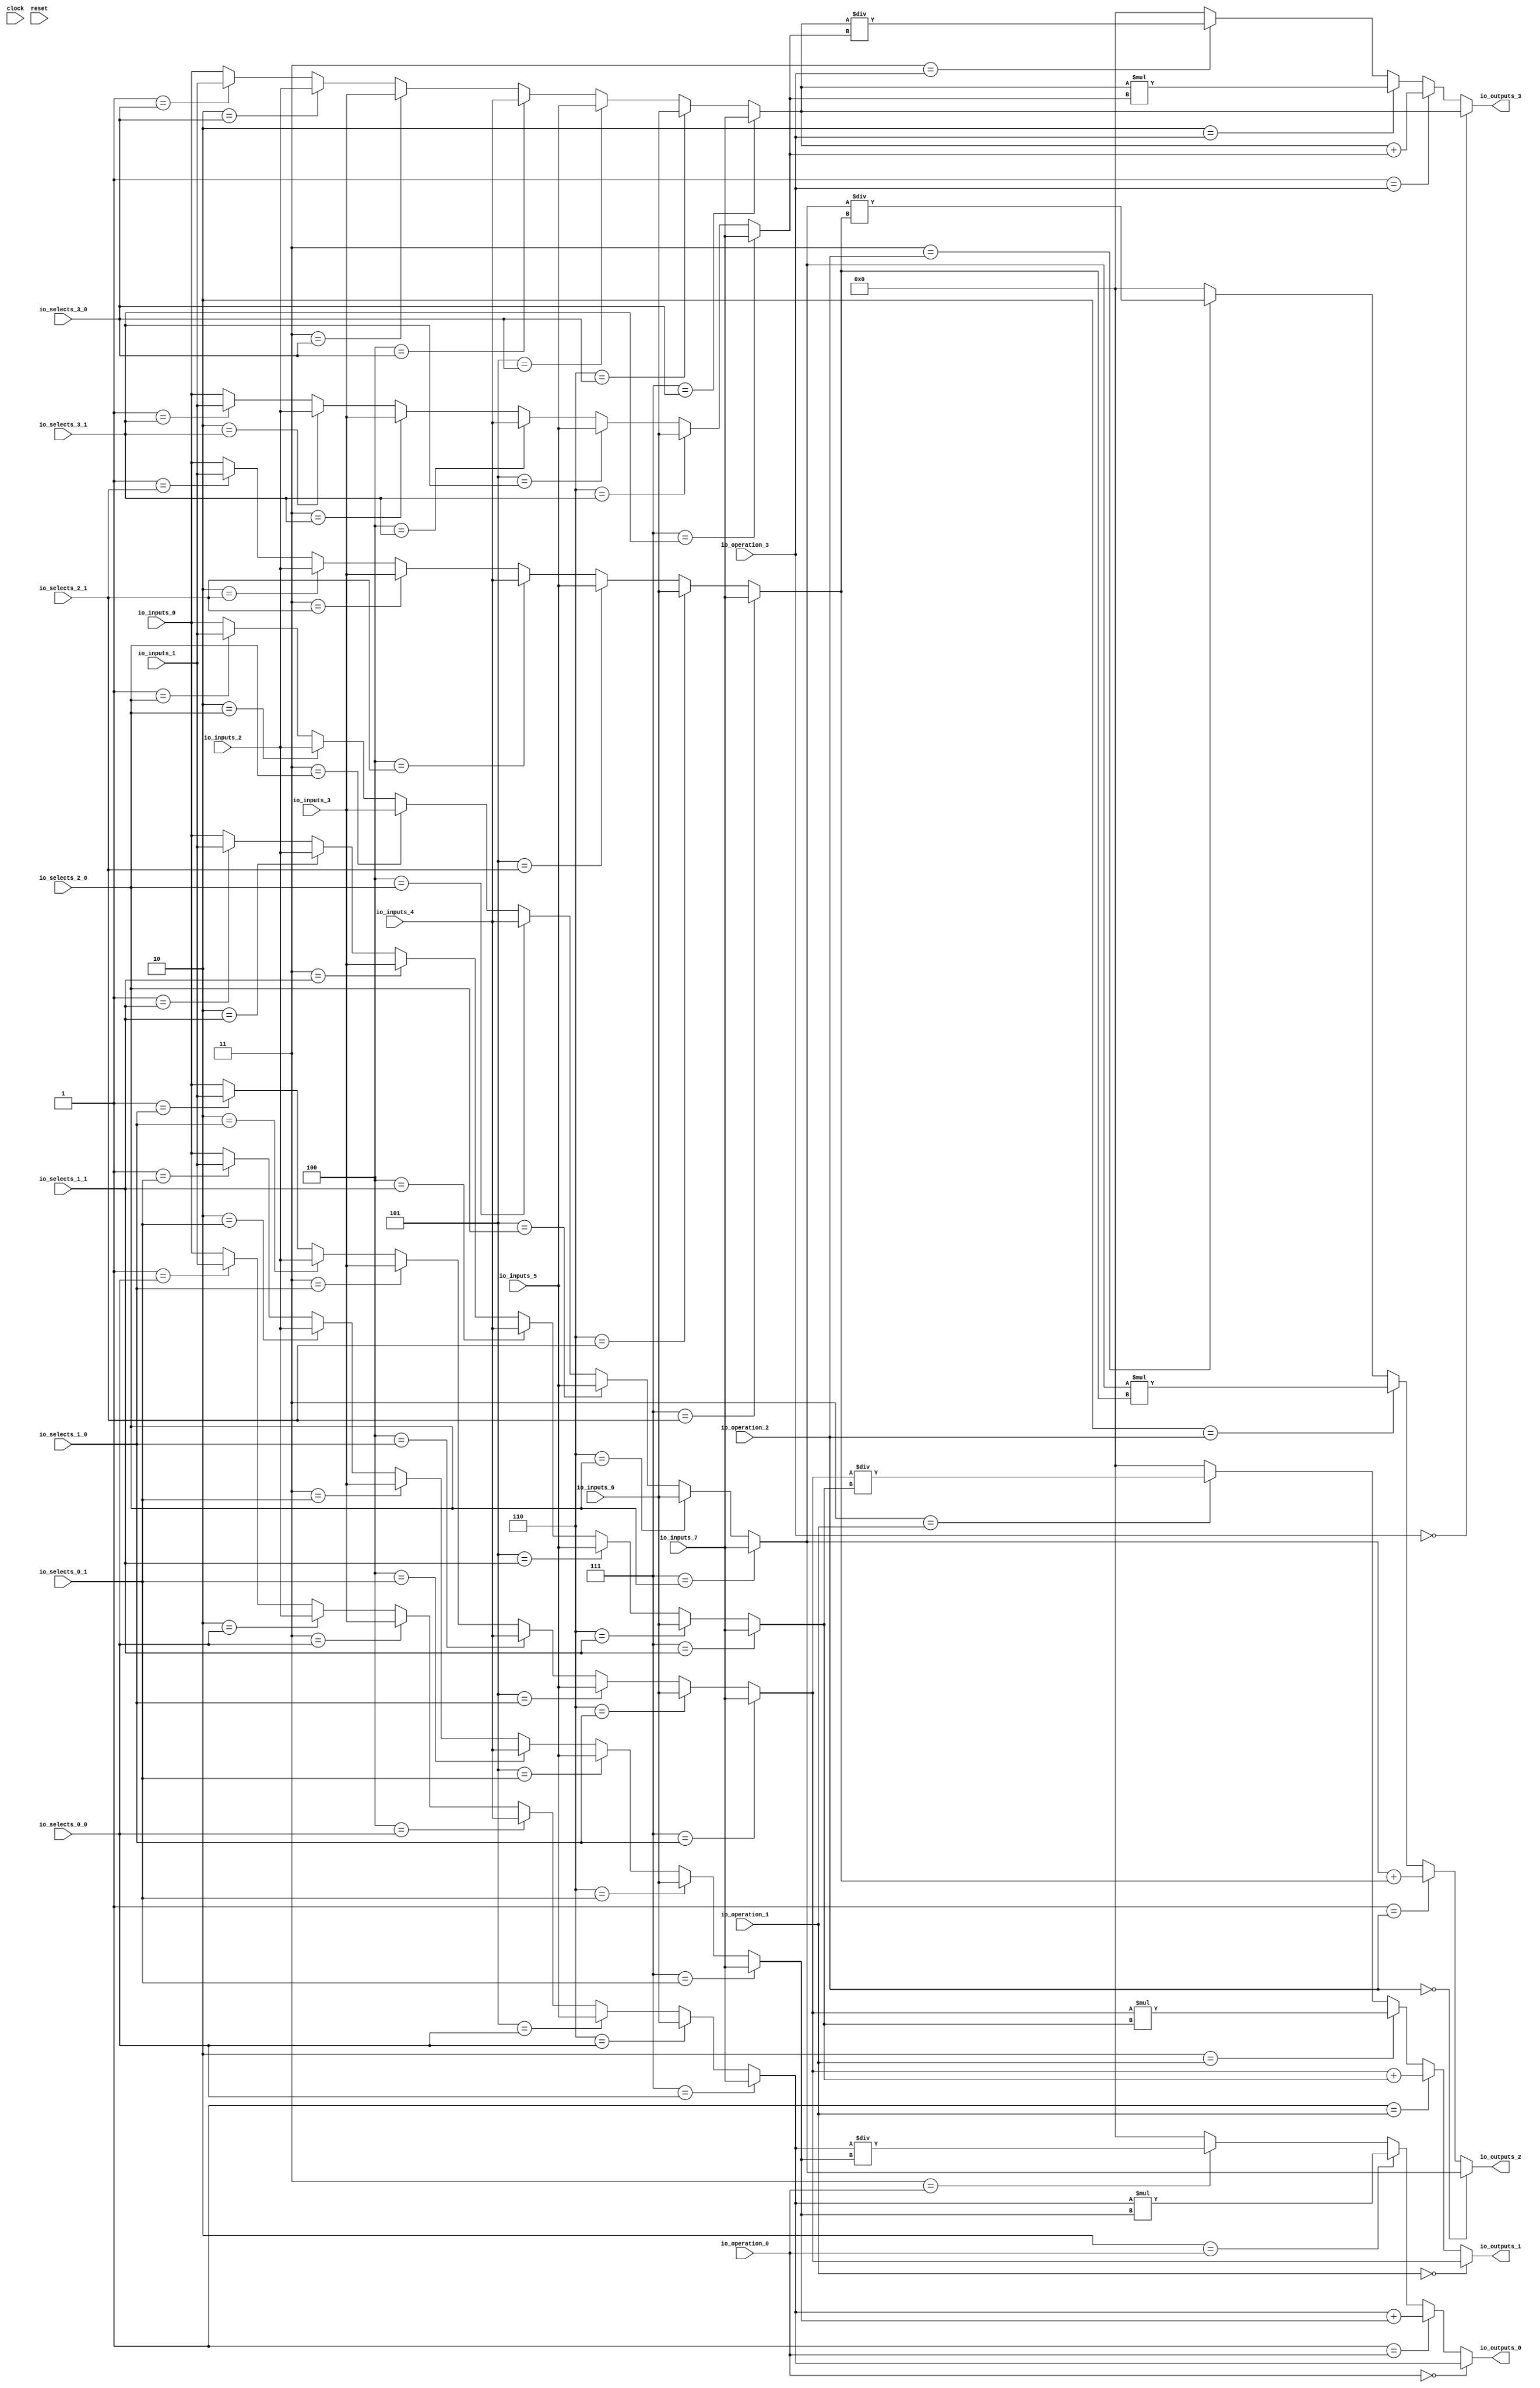
module MuxTest_width_64_inputs_8_outputs_4_pipeline_0( // @[:@3.2]
  input         clock, // @[:@4.4]
  input         reset, // @[:@5.4]
  input  [2:0]  io_selects_0_0, // @[:@6.4]
  input  [2:0]  io_selects_0_1, // @[:@6.4]
  input  [2:0]  io_selects_1_0, // @[:@6.4]
  input  [2:0]  io_selects_1_1, // @[:@6.4]
  input  [2:0]  io_selects_2_0, // @[:@6.4]
  input  [2:0]  io_selects_2_1, // @[:@6.4]
  input  [2:0]  io_selects_3_0, // @[:@6.4]
  input  [2:0]  io_selects_3_1, // @[:@6.4]
  input  [2:0]  io_operation_0, // @[:@6.4]
  input  [2:0]  io_operation_1, // @[:@6.4]
  input  [2:0]  io_operation_2, // @[:@6.4]
  input  [2:0]  io_operation_3, // @[:@6.4]
  input  [63:0] io_inputs_0, // @[:@6.4]
  input  [63:0] io_inputs_1, // @[:@6.4]
  input  [63:0] io_inputs_2, // @[:@6.4]
  input  [63:0] io_inputs_3, // @[:@6.4]
  input  [63:0] io_inputs_4, // @[:@6.4]
  input  [63:0] io_inputs_5, // @[:@6.4]
  input  [63:0] io_inputs_6, // @[:@6.4]
  input  [63:0] io_inputs_7, // @[:@6.4]
  output [63:0] io_outputs_0, // @[:@6.4]
  output [63:0] io_outputs_1, // @[:@6.4]
  output [63:0] io_outputs_2, // @[:@6.4]
  output [63:0] io_outputs_3 // @[:@6.4]
);
  wire [63:0] _GEN_1; // @[MuxTest_width_64_inputs_8_outputs_4_pipeline_0s.scala 32:53:@8.4]
  wire [63:0] _GEN_2; // @[MuxTest_width_64_inputs_8_outputs_4_pipeline_0s.scala 32:53:@8.4]
  wire [63:0] _GEN_3; // @[MuxTest_width_64_inputs_8_outputs_4_pipeline_0s.scala 32:53:@8.4]
  wire [63:0] _GEN_4; // @[MuxTest_width_64_inputs_8_outputs_4_pipeline_0s.scala 32:53:@8.4]
  wire [63:0] _GEN_5; // @[MuxTest_width_64_inputs_8_outputs_4_pipeline_0s.scala 32:53:@8.4]
  wire [63:0] _GEN_6; // @[MuxTest_width_64_inputs_8_outputs_4_pipeline_0s.scala 32:53:@8.4]
  wire [63:0] _GEN_7; // @[MuxTest_width_64_inputs_8_outputs_4_pipeline_0s.scala 32:53:@8.4]
  wire [63:0] _GEN_9; // @[MuxTest_width_64_inputs_8_outputs_4_pipeline_0s.scala 32:53:@8.4]
  wire [63:0] _GEN_10; // @[MuxTest_width_64_inputs_8_outputs_4_pipeline_0s.scala 32:53:@8.4]
  wire [63:0] _GEN_11; // @[MuxTest_width_64_inputs_8_outputs_4_pipeline_0s.scala 32:53:@8.4]
  wire [63:0] _GEN_12; // @[MuxTest_width_64_inputs_8_outputs_4_pipeline_0s.scala 32:53:@8.4]
  wire [63:0] _GEN_13; // @[MuxTest_width_64_inputs_8_outputs_4_pipeline_0s.scala 32:53:@8.4]
  wire [63:0] _GEN_14; // @[MuxTest_width_64_inputs_8_outputs_4_pipeline_0s.scala 32:53:@8.4]
  wire [63:0] _GEN_15; // @[MuxTest_width_64_inputs_8_outputs_4_pipeline_0s.scala 32:53:@8.4]
  wire [64:0] _T_250; // @[MuxTest_width_64_inputs_8_outputs_4_pipeline_0s.scala 32:53:@8.4]
  wire [63:0] _T_251; // @[MuxTest_width_64_inputs_8_outputs_4_pipeline_0s.scala 32:53:@9.4]
  wire [127:0] _T_253; // @[MuxTest_width_64_inputs_8_outputs_4_pipeline_0s.scala 33:58:@10.4]
  wire [63:0] _T_255; // @[MuxTest_width_64_inputs_8_outputs_4_pipeline_0s.scala 34:56:@11.4]
  wire  _T_256; // @[Mux.scala 46:19:@12.4]
  wire [63:0] _T_257; // @[Mux.scala 46:16:@13.4]
  wire  _T_258; // @[Mux.scala 46:19:@14.4]
  wire [127:0] _T_259; // @[Mux.scala 46:16:@15.4]
  wire  _T_260; // @[Mux.scala 46:19:@16.4]
  wire [127:0] _T_261; // @[Mux.scala 46:16:@17.4]
  wire  _T_262; // @[Mux.scala 46:19:@18.4]
  wire [127:0] _T_263; // @[Mux.scala 46:16:@19.4]
  wire [63:0] _GEN_17; // @[MuxTest_width_64_inputs_8_outputs_4_pipeline_0s.scala 32:53:@20.4]
  wire [63:0] _GEN_18; // @[MuxTest_width_64_inputs_8_outputs_4_pipeline_0s.scala 32:53:@20.4]
  wire [63:0] _GEN_19; // @[MuxTest_width_64_inputs_8_outputs_4_pipeline_0s.scala 32:53:@20.4]
  wire [63:0] _GEN_20; // @[MuxTest_width_64_inputs_8_outputs_4_pipeline_0s.scala 32:53:@20.4]
  wire [63:0] _GEN_21; // @[MuxTest_width_64_inputs_8_outputs_4_pipeline_0s.scala 32:53:@20.4]
  wire [63:0] _GEN_22; // @[MuxTest_width_64_inputs_8_outputs_4_pipeline_0s.scala 32:53:@20.4]
  wire [63:0] _GEN_23; // @[MuxTest_width_64_inputs_8_outputs_4_pipeline_0s.scala 32:53:@20.4]
  wire [63:0] _GEN_25; // @[MuxTest_width_64_inputs_8_outputs_4_pipeline_0s.scala 32:53:@20.4]
  wire [63:0] _GEN_26; // @[MuxTest_width_64_inputs_8_outputs_4_pipeline_0s.scala 32:53:@20.4]
  wire [63:0] _GEN_27; // @[MuxTest_width_64_inputs_8_outputs_4_pipeline_0s.scala 32:53:@20.4]
  wire [63:0] _GEN_28; // @[MuxTest_width_64_inputs_8_outputs_4_pipeline_0s.scala 32:53:@20.4]
  wire [63:0] _GEN_29; // @[MuxTest_width_64_inputs_8_outputs_4_pipeline_0s.scala 32:53:@20.4]
  wire [63:0] _GEN_30; // @[MuxTest_width_64_inputs_8_outputs_4_pipeline_0s.scala 32:53:@20.4]
  wire [63:0] _GEN_31; // @[MuxTest_width_64_inputs_8_outputs_4_pipeline_0s.scala 32:53:@20.4]
  wire [64:0] _T_267; // @[MuxTest_width_64_inputs_8_outputs_4_pipeline_0s.scala 32:53:@20.4]
  wire [63:0] _T_268; // @[MuxTest_width_64_inputs_8_outputs_4_pipeline_0s.scala 32:53:@21.4]
  wire [127:0] _T_270; // @[MuxTest_width_64_inputs_8_outputs_4_pipeline_0s.scala 33:58:@22.4]
  wire [63:0] _T_272; // @[MuxTest_width_64_inputs_8_outputs_4_pipeline_0s.scala 34:56:@23.4]
  wire  _T_273; // @[Mux.scala 46:19:@24.4]
  wire [63:0] _T_274; // @[Mux.scala 46:16:@25.4]
  wire  _T_275; // @[Mux.scala 46:19:@26.4]
  wire [127:0] _T_276; // @[Mux.scala 46:16:@27.4]
  wire  _T_277; // @[Mux.scala 46:19:@28.4]
  wire [127:0] _T_278; // @[Mux.scala 46:16:@29.4]
  wire  _T_279; // @[Mux.scala 46:19:@30.4]
  wire [127:0] _T_280; // @[Mux.scala 46:16:@31.4]
  wire [63:0] _GEN_33; // @[MuxTest_width_64_inputs_8_outputs_4_pipeline_0s.scala 32:53:@32.4]
  wire [63:0] _GEN_34; // @[MuxTest_width_64_inputs_8_outputs_4_pipeline_0s.scala 32:53:@32.4]
  wire [63:0] _GEN_35; // @[MuxTest_width_64_inputs_8_outputs_4_pipeline_0s.scala 32:53:@32.4]
  wire [63:0] _GEN_36; // @[MuxTest_width_64_inputs_8_outputs_4_pipeline_0s.scala 32:53:@32.4]
  wire [63:0] _GEN_37; // @[MuxTest_width_64_inputs_8_outputs_4_pipeline_0s.scala 32:53:@32.4]
  wire [63:0] _GEN_38; // @[MuxTest_width_64_inputs_8_outputs_4_pipeline_0s.scala 32:53:@32.4]
  wire [63:0] _GEN_39; // @[MuxTest_width_64_inputs_8_outputs_4_pipeline_0s.scala 32:53:@32.4]
  wire [63:0] _GEN_41; // @[MuxTest_width_64_inputs_8_outputs_4_pipeline_0s.scala 32:53:@32.4]
  wire [63:0] _GEN_42; // @[MuxTest_width_64_inputs_8_outputs_4_pipeline_0s.scala 32:53:@32.4]
  wire [63:0] _GEN_43; // @[MuxTest_width_64_inputs_8_outputs_4_pipeline_0s.scala 32:53:@32.4]
  wire [63:0] _GEN_44; // @[MuxTest_width_64_inputs_8_outputs_4_pipeline_0s.scala 32:53:@32.4]
  wire [63:0] _GEN_45; // @[MuxTest_width_64_inputs_8_outputs_4_pipeline_0s.scala 32:53:@32.4]
  wire [63:0] _GEN_46; // @[MuxTest_width_64_inputs_8_outputs_4_pipeline_0s.scala 32:53:@32.4]
  wire [63:0] _GEN_47; // @[MuxTest_width_64_inputs_8_outputs_4_pipeline_0s.scala 32:53:@32.4]
  wire [64:0] _T_284; // @[MuxTest_width_64_inputs_8_outputs_4_pipeline_0s.scala 32:53:@32.4]
  wire [63:0] _T_285; // @[MuxTest_width_64_inputs_8_outputs_4_pipeline_0s.scala 32:53:@33.4]
  wire [127:0] _T_287; // @[MuxTest_width_64_inputs_8_outputs_4_pipeline_0s.scala 33:58:@34.4]
  wire [63:0] _T_289; // @[MuxTest_width_64_inputs_8_outputs_4_pipeline_0s.scala 34:56:@35.4]
  wire  _T_290; // @[Mux.scala 46:19:@36.4]
  wire [63:0] _T_291; // @[Mux.scala 46:16:@37.4]
  wire  _T_292; // @[Mux.scala 46:19:@38.4]
  wire [127:0] _T_293; // @[Mux.scala 46:16:@39.4]
  wire  _T_294; // @[Mux.scala 46:19:@40.4]
  wire [127:0] _T_295; // @[Mux.scala 46:16:@41.4]
  wire  _T_296; // @[Mux.scala 46:19:@42.4]
  wire [127:0] _T_297; // @[Mux.scala 46:16:@43.4]
  wire [63:0] _GEN_49; // @[MuxTest_width_64_inputs_8_outputs_4_pipeline_0s.scala 32:53:@44.4]
  wire [63:0] _GEN_50; // @[MuxTest_width_64_inputs_8_outputs_4_pipeline_0s.scala 32:53:@44.4]
  wire [63:0] _GEN_51; // @[MuxTest_width_64_inputs_8_outputs_4_pipeline_0s.scala 32:53:@44.4]
  wire [63:0] _GEN_52; // @[MuxTest_width_64_inputs_8_outputs_4_pipeline_0s.scala 32:53:@44.4]
  wire [63:0] _GEN_53; // @[MuxTest_width_64_inputs_8_outputs_4_pipeline_0s.scala 32:53:@44.4]
  wire [63:0] _GEN_54; // @[MuxTest_width_64_inputs_8_outputs_4_pipeline_0s.scala 32:53:@44.4]
  wire [63:0] _GEN_55; // @[MuxTest_width_64_inputs_8_outputs_4_pipeline_0s.scala 32:53:@44.4]
  wire [63:0] _GEN_57; // @[MuxTest_width_64_inputs_8_outputs_4_pipeline_0s.scala 32:53:@44.4]
  wire [63:0] _GEN_58; // @[MuxTest_width_64_inputs_8_outputs_4_pipeline_0s.scala 32:53:@44.4]
  wire [63:0] _GEN_59; // @[MuxTest_width_64_inputs_8_outputs_4_pipeline_0s.scala 32:53:@44.4]
  wire [63:0] _GEN_60; // @[MuxTest_width_64_inputs_8_outputs_4_pipeline_0s.scala 32:53:@44.4]
  wire [63:0] _GEN_61; // @[MuxTest_width_64_inputs_8_outputs_4_pipeline_0s.scala 32:53:@44.4]
  wire [63:0] _GEN_62; // @[MuxTest_width_64_inputs_8_outputs_4_pipeline_0s.scala 32:53:@44.4]
  wire [63:0] _GEN_63; // @[MuxTest_width_64_inputs_8_outputs_4_pipeline_0s.scala 32:53:@44.4]
  wire [64:0] _T_301; // @[MuxTest_width_64_inputs_8_outputs_4_pipeline_0s.scala 32:53:@44.4]
  wire [63:0] _T_302; // @[MuxTest_width_64_inputs_8_outputs_4_pipeline_0s.scala 32:53:@45.4]
  wire [127:0] _T_304; // @[MuxTest_width_64_inputs_8_outputs_4_pipeline_0s.scala 33:58:@46.4]
  wire [63:0] _T_306; // @[MuxTest_width_64_inputs_8_outputs_4_pipeline_0s.scala 34:56:@47.4]
  wire  _T_307; // @[Mux.scala 46:19:@48.4]
  wire [63:0] _T_308; // @[Mux.scala 46:16:@49.4]
  wire  _T_309; // @[Mux.scala 46:19:@50.4]
  wire [127:0] _T_310; // @[Mux.scala 46:16:@51.4]
  wire  _T_311; // @[Mux.scala 46:19:@52.4]
  wire [127:0] _T_312; // @[Mux.scala 46:16:@53.4]
  wire  _T_313; // @[Mux.scala 46:19:@54.4]
  wire [127:0] _T_314; // @[Mux.scala 46:16:@55.4]
  assign _GEN_1 = 3'h1 == io_selects_0_0 ? io_inputs_1 : io_inputs_0; // @[MuxTest_width_64_inputs_8_outputs_4_pipeline_0s.scala 32:53:@8.4]
  assign _GEN_2 = 3'h2 == io_selects_0_0 ? io_inputs_2 : _GEN_1; // @[MuxTest_width_64_inputs_8_outputs_4_pipeline_0s.scala 32:53:@8.4]
  assign _GEN_3 = 3'h3 == io_selects_0_0 ? io_inputs_3 : _GEN_2; // @[MuxTest_width_64_inputs_8_outputs_4_pipeline_0s.scala 32:53:@8.4]
  assign _GEN_4 = 3'h4 == io_selects_0_0 ? io_inputs_4 : _GEN_3; // @[MuxTest_width_64_inputs_8_outputs_4_pipeline_0s.scala 32:53:@8.4]
  assign _GEN_5 = 3'h5 == io_selects_0_0 ? io_inputs_5 : _GEN_4; // @[MuxTest_width_64_inputs_8_outputs_4_pipeline_0s.scala 32:53:@8.4]
  assign _GEN_6 = 3'h6 == io_selects_0_0 ? io_inputs_6 : _GEN_5; // @[MuxTest_width_64_inputs_8_outputs_4_pipeline_0s.scala 32:53:@8.4]
  assign _GEN_7 = 3'h7 == io_selects_0_0 ? io_inputs_7 : _GEN_6; // @[MuxTest_width_64_inputs_8_outputs_4_pipeline_0s.scala 32:53:@8.4]
  assign _GEN_9 = 3'h1 == io_selects_0_1 ? io_inputs_1 : io_inputs_0; // @[MuxTest_width_64_inputs_8_outputs_4_pipeline_0s.scala 32:53:@8.4]
  assign _GEN_10 = 3'h2 == io_selects_0_1 ? io_inputs_2 : _GEN_9; // @[MuxTest_width_64_inputs_8_outputs_4_pipeline_0s.scala 32:53:@8.4]
  assign _GEN_11 = 3'h3 == io_selects_0_1 ? io_inputs_3 : _GEN_10; // @[MuxTest_width_64_inputs_8_outputs_4_pipeline_0s.scala 32:53:@8.4]
  assign _GEN_12 = 3'h4 == io_selects_0_1 ? io_inputs_4 : _GEN_11; // @[MuxTest_width_64_inputs_8_outputs_4_pipeline_0s.scala 32:53:@8.4]
  assign _GEN_13 = 3'h5 == io_selects_0_1 ? io_inputs_5 : _GEN_12; // @[MuxTest_width_64_inputs_8_outputs_4_pipeline_0s.scala 32:53:@8.4]
  assign _GEN_14 = 3'h6 == io_selects_0_1 ? io_inputs_6 : _GEN_13; // @[MuxTest_width_64_inputs_8_outputs_4_pipeline_0s.scala 32:53:@8.4]
  assign _GEN_15 = 3'h7 == io_selects_0_1 ? io_inputs_7 : _GEN_14; // @[MuxTest_width_64_inputs_8_outputs_4_pipeline_0s.scala 32:53:@8.4]
  assign _T_250 = _GEN_7 + _GEN_15; // @[MuxTest_width_64_inputs_8_outputs_4_pipeline_0s.scala 32:53:@8.4]
  assign _T_251 = _GEN_7 + _GEN_15; // @[MuxTest_width_64_inputs_8_outputs_4_pipeline_0s.scala 32:53:@9.4]
  assign _T_253 = _GEN_7 * _GEN_15; // @[MuxTest_width_64_inputs_8_outputs_4_pipeline_0s.scala 33:58:@10.4]
  assign _T_255 = _GEN_7 / _GEN_15; // @[MuxTest_width_64_inputs_8_outputs_4_pipeline_0s.scala 34:56:@11.4]
  assign _T_256 = 3'h3 == io_operation_0; // @[Mux.scala 46:19:@12.4]
  assign _T_257 = _T_256 ? _T_255 : 64'h0; // @[Mux.scala 46:16:@13.4]
  assign _T_258 = 3'h2 == io_operation_0; // @[Mux.scala 46:19:@14.4]
  assign _T_259 = _T_258 ? _T_253 : {{64'd0}, _T_257}; // @[Mux.scala 46:16:@15.4]
  assign _T_260 = 3'h1 == io_operation_0; // @[Mux.scala 46:19:@16.4]
  assign _T_261 = _T_260 ? {{64'd0}, _T_251} : _T_259; // @[Mux.scala 46:16:@17.4]
  assign _T_262 = 3'h0 == io_operation_0; // @[Mux.scala 46:19:@18.4]
  assign _T_263 = _T_262 ? {{64'd0}, _GEN_7} : _T_261; // @[Mux.scala 46:16:@19.4]
  assign _GEN_17 = 3'h1 == io_selects_1_0 ? io_inputs_1 : io_inputs_0; // @[MuxTest_width_64_inputs_8_outputs_4_pipeline_0s.scala 32:53:@20.4]
  assign _GEN_18 = 3'h2 == io_selects_1_0 ? io_inputs_2 : _GEN_17; // @[MuxTest_width_64_inputs_8_outputs_4_pipeline_0s.scala 32:53:@20.4]
  assign _GEN_19 = 3'h3 == io_selects_1_0 ? io_inputs_3 : _GEN_18; // @[MuxTest_width_64_inputs_8_outputs_4_pipeline_0s.scala 32:53:@20.4]
  assign _GEN_20 = 3'h4 == io_selects_1_0 ? io_inputs_4 : _GEN_19; // @[MuxTest_width_64_inputs_8_outputs_4_pipeline_0s.scala 32:53:@20.4]
  assign _GEN_21 = 3'h5 == io_selects_1_0 ? io_inputs_5 : _GEN_20; // @[MuxTest_width_64_inputs_8_outputs_4_pipeline_0s.scala 32:53:@20.4]
  assign _GEN_22 = 3'h6 == io_selects_1_0 ? io_inputs_6 : _GEN_21; // @[MuxTest_width_64_inputs_8_outputs_4_pipeline_0s.scala 32:53:@20.4]
  assign _GEN_23 = 3'h7 == io_selects_1_0 ? io_inputs_7 : _GEN_22; // @[MuxTest_width_64_inputs_8_outputs_4_pipeline_0s.scala 32:53:@20.4]
  assign _GEN_25 = 3'h1 == io_selects_1_1 ? io_inputs_1 : io_inputs_0; // @[MuxTest_width_64_inputs_8_outputs_4_pipeline_0s.scala 32:53:@20.4]
  assign _GEN_26 = 3'h2 == io_selects_1_1 ? io_inputs_2 : _GEN_25; // @[MuxTest_width_64_inputs_8_outputs_4_pipeline_0s.scala 32:53:@20.4]
  assign _GEN_27 = 3'h3 == io_selects_1_1 ? io_inputs_3 : _GEN_26; // @[MuxTest_width_64_inputs_8_outputs_4_pipeline_0s.scala 32:53:@20.4]
  assign _GEN_28 = 3'h4 == io_selects_1_1 ? io_inputs_4 : _GEN_27; // @[MuxTest_width_64_inputs_8_outputs_4_pipeline_0s.scala 32:53:@20.4]
  assign _GEN_29 = 3'h5 == io_selects_1_1 ? io_inputs_5 : _GEN_28; // @[MuxTest_width_64_inputs_8_outputs_4_pipeline_0s.scala 32:53:@20.4]
  assign _GEN_30 = 3'h6 == io_selects_1_1 ? io_inputs_6 : _GEN_29; // @[MuxTest_width_64_inputs_8_outputs_4_pipeline_0s.scala 32:53:@20.4]
  assign _GEN_31 = 3'h7 == io_selects_1_1 ? io_inputs_7 : _GEN_30; // @[MuxTest_width_64_inputs_8_outputs_4_pipeline_0s.scala 32:53:@20.4]
  assign _T_267 = _GEN_23 + _GEN_31; // @[MuxTest_width_64_inputs_8_outputs_4_pipeline_0s.scala 32:53:@20.4]
  assign _T_268 = _GEN_23 + _GEN_31; // @[MuxTest_width_64_inputs_8_outputs_4_pipeline_0s.scala 32:53:@21.4]
  assign _T_270 = _GEN_23 * _GEN_31; // @[MuxTest_width_64_inputs_8_outputs_4_pipeline_0s.scala 33:58:@22.4]
  assign _T_272 = _GEN_23 / _GEN_31; // @[MuxTest_width_64_inputs_8_outputs_4_pipeline_0s.scala 34:56:@23.4]
  assign _T_273 = 3'h3 == io_operation_1; // @[Mux.scala 46:19:@24.4]
  assign _T_274 = _T_273 ? _T_272 : 64'h0; // @[Mux.scala 46:16:@25.4]
  assign _T_275 = 3'h2 == io_operation_1; // @[Mux.scala 46:19:@26.4]
  assign _T_276 = _T_275 ? _T_270 : {{64'd0}, _T_274}; // @[Mux.scala 46:16:@27.4]
  assign _T_277 = 3'h1 == io_operation_1; // @[Mux.scala 46:19:@28.4]
  assign _T_278 = _T_277 ? {{64'd0}, _T_268} : _T_276; // @[Mux.scala 46:16:@29.4]
  assign _T_279 = 3'h0 == io_operation_1; // @[Mux.scala 46:19:@30.4]
  assign _T_280 = _T_279 ? {{64'd0}, _GEN_23} : _T_278; // @[Mux.scala 46:16:@31.4]
  assign _GEN_33 = 3'h1 == io_selects_2_0 ? io_inputs_1 : io_inputs_0; // @[MuxTest_width_64_inputs_8_outputs_4_pipeline_0s.scala 32:53:@32.4]
  assign _GEN_34 = 3'h2 == io_selects_2_0 ? io_inputs_2 : _GEN_33; // @[MuxTest_width_64_inputs_8_outputs_4_pipeline_0s.scala 32:53:@32.4]
  assign _GEN_35 = 3'h3 == io_selects_2_0 ? io_inputs_3 : _GEN_34; // @[MuxTest_width_64_inputs_8_outputs_4_pipeline_0s.scala 32:53:@32.4]
  assign _GEN_36 = 3'h4 == io_selects_2_0 ? io_inputs_4 : _GEN_35; // @[MuxTest_width_64_inputs_8_outputs_4_pipeline_0s.scala 32:53:@32.4]
  assign _GEN_37 = 3'h5 == io_selects_2_0 ? io_inputs_5 : _GEN_36; // @[MuxTest_width_64_inputs_8_outputs_4_pipeline_0s.scala 32:53:@32.4]
  assign _GEN_38 = 3'h6 == io_selects_2_0 ? io_inputs_6 : _GEN_37; // @[MuxTest_width_64_inputs_8_outputs_4_pipeline_0s.scala 32:53:@32.4]
  assign _GEN_39 = 3'h7 == io_selects_2_0 ? io_inputs_7 : _GEN_38; // @[MuxTest_width_64_inputs_8_outputs_4_pipeline_0s.scala 32:53:@32.4]
  assign _GEN_41 = 3'h1 == io_selects_2_1 ? io_inputs_1 : io_inputs_0; // @[MuxTest_width_64_inputs_8_outputs_4_pipeline_0s.scala 32:53:@32.4]
  assign _GEN_42 = 3'h2 == io_selects_2_1 ? io_inputs_2 : _GEN_41; // @[MuxTest_width_64_inputs_8_outputs_4_pipeline_0s.scala 32:53:@32.4]
  assign _GEN_43 = 3'h3 == io_selects_2_1 ? io_inputs_3 : _GEN_42; // @[MuxTest_width_64_inputs_8_outputs_4_pipeline_0s.scala 32:53:@32.4]
  assign _GEN_44 = 3'h4 == io_selects_2_1 ? io_inputs_4 : _GEN_43; // @[MuxTest_width_64_inputs_8_outputs_4_pipeline_0s.scala 32:53:@32.4]
  assign _GEN_45 = 3'h5 == io_selects_2_1 ? io_inputs_5 : _GEN_44; // @[MuxTest_width_64_inputs_8_outputs_4_pipeline_0s.scala 32:53:@32.4]
  assign _GEN_46 = 3'h6 == io_selects_2_1 ? io_inputs_6 : _GEN_45; // @[MuxTest_width_64_inputs_8_outputs_4_pipeline_0s.scala 32:53:@32.4]
  assign _GEN_47 = 3'h7 == io_selects_2_1 ? io_inputs_7 : _GEN_46; // @[MuxTest_width_64_inputs_8_outputs_4_pipeline_0s.scala 32:53:@32.4]
  assign _T_284 = _GEN_39 + _GEN_47; // @[MuxTest_width_64_inputs_8_outputs_4_pipeline_0s.scala 32:53:@32.4]
  assign _T_285 = _GEN_39 + _GEN_47; // @[MuxTest_width_64_inputs_8_outputs_4_pipeline_0s.scala 32:53:@33.4]
  assign _T_287 = _GEN_39 * _GEN_47; // @[MuxTest_width_64_inputs_8_outputs_4_pipeline_0s.scala 33:58:@34.4]
  assign _T_289 = _GEN_39 / _GEN_47; // @[MuxTest_width_64_inputs_8_outputs_4_pipeline_0s.scala 34:56:@35.4]
  assign _T_290 = 3'h3 == io_operation_2; // @[Mux.scala 46:19:@36.4]
  assign _T_291 = _T_290 ? _T_289 : 64'h0; // @[Mux.scala 46:16:@37.4]
  assign _T_292 = 3'h2 == io_operation_2; // @[Mux.scala 46:19:@38.4]
  assign _T_293 = _T_292 ? _T_287 : {{64'd0}, _T_291}; // @[Mux.scala 46:16:@39.4]
  assign _T_294 = 3'h1 == io_operation_2; // @[Mux.scala 46:19:@40.4]
  assign _T_295 = _T_294 ? {{64'd0}, _T_285} : _T_293; // @[Mux.scala 46:16:@41.4]
  assign _T_296 = 3'h0 == io_operation_2; // @[Mux.scala 46:19:@42.4]
  assign _T_297 = _T_296 ? {{64'd0}, _GEN_39} : _T_295; // @[Mux.scala 46:16:@43.4]
  assign _GEN_49 = 3'h1 == io_selects_3_0 ? io_inputs_1 : io_inputs_0; // @[MuxTest_width_64_inputs_8_outputs_4_pipeline_0s.scala 32:53:@44.4]
  assign _GEN_50 = 3'h2 == io_selects_3_0 ? io_inputs_2 : _GEN_49; // @[MuxTest_width_64_inputs_8_outputs_4_pipeline_0s.scala 32:53:@44.4]
  assign _GEN_51 = 3'h3 == io_selects_3_0 ? io_inputs_3 : _GEN_50; // @[MuxTest_width_64_inputs_8_outputs_4_pipeline_0s.scala 32:53:@44.4]
  assign _GEN_52 = 3'h4 == io_selects_3_0 ? io_inputs_4 : _GEN_51; // @[MuxTest_width_64_inputs_8_outputs_4_pipeline_0s.scala 32:53:@44.4]
  assign _GEN_53 = 3'h5 == io_selects_3_0 ? io_inputs_5 : _GEN_52; // @[MuxTest_width_64_inputs_8_outputs_4_pipeline_0s.scala 32:53:@44.4]
  assign _GEN_54 = 3'h6 == io_selects_3_0 ? io_inputs_6 : _GEN_53; // @[MuxTest_width_64_inputs_8_outputs_4_pipeline_0s.scala 32:53:@44.4]
  assign _GEN_55 = 3'h7 == io_selects_3_0 ? io_inputs_7 : _GEN_54; // @[MuxTest_width_64_inputs_8_outputs_4_pipeline_0s.scala 32:53:@44.4]
  assign _GEN_57 = 3'h1 == io_selects_3_1 ? io_inputs_1 : io_inputs_0; // @[MuxTest_width_64_inputs_8_outputs_4_pipeline_0s.scala 32:53:@44.4]
  assign _GEN_58 = 3'h2 == io_selects_3_1 ? io_inputs_2 : _GEN_57; // @[MuxTest_width_64_inputs_8_outputs_4_pipeline_0s.scala 32:53:@44.4]
  assign _GEN_59 = 3'h3 == io_selects_3_1 ? io_inputs_3 : _GEN_58; // @[MuxTest_width_64_inputs_8_outputs_4_pipeline_0s.scala 32:53:@44.4]
  assign _GEN_60 = 3'h4 == io_selects_3_1 ? io_inputs_4 : _GEN_59; // @[MuxTest_width_64_inputs_8_outputs_4_pipeline_0s.scala 32:53:@44.4]
  assign _GEN_61 = 3'h5 == io_selects_3_1 ? io_inputs_5 : _GEN_60; // @[MuxTest_width_64_inputs_8_outputs_4_pipeline_0s.scala 32:53:@44.4]
  assign _GEN_62 = 3'h6 == io_selects_3_1 ? io_inputs_6 : _GEN_61; // @[MuxTest_width_64_inputs_8_outputs_4_pipeline_0s.scala 32:53:@44.4]
  assign _GEN_63 = 3'h7 == io_selects_3_1 ? io_inputs_7 : _GEN_62; // @[MuxTest_width_64_inputs_8_outputs_4_pipeline_0s.scala 32:53:@44.4]
  assign _T_301 = _GEN_55 + _GEN_63; // @[MuxTest_width_64_inputs_8_outputs_4_pipeline_0s.scala 32:53:@44.4]
  assign _T_302 = _GEN_55 + _GEN_63; // @[MuxTest_width_64_inputs_8_outputs_4_pipeline_0s.scala 32:53:@45.4]
  assign _T_304 = _GEN_55 * _GEN_63; // @[MuxTest_width_64_inputs_8_outputs_4_pipeline_0s.scala 33:58:@46.4]
  assign _T_306 = _GEN_55 / _GEN_63; // @[MuxTest_width_64_inputs_8_outputs_4_pipeline_0s.scala 34:56:@47.4]
  assign _T_307 = 3'h3 == io_operation_3; // @[Mux.scala 46:19:@48.4]
  assign _T_308 = _T_307 ? _T_306 : 64'h0; // @[Mux.scala 46:16:@49.4]
  assign _T_309 = 3'h2 == io_operation_3; // @[Mux.scala 46:19:@50.4]
  assign _T_310 = _T_309 ? _T_304 : {{64'd0}, _T_308}; // @[Mux.scala 46:16:@51.4]
  assign _T_311 = 3'h1 == io_operation_3; // @[Mux.scala 46:19:@52.4]
  assign _T_312 = _T_311 ? {{64'd0}, _T_302} : _T_310; // @[Mux.scala 46:16:@53.4]
  assign _T_313 = 3'h0 == io_operation_3; // @[Mux.scala 46:19:@54.4]
  assign _T_314 = _T_313 ? {{64'd0}, _GEN_55} : _T_312; // @[Mux.scala 46:16:@55.4]
  assign io_outputs_0 = _T_263[63:0]; // @[MuxTest_width_64_inputs_8_outputs_4_pipeline_0s.scala 23:14:@56.4]
  assign io_outputs_1 = _T_280[63:0]; // @[MuxTest_width_64_inputs_8_outputs_4_pipeline_0s.scala 23:14:@57.4]
  assign io_outputs_2 = _T_297[63:0]; // @[MuxTest_width_64_inputs_8_outputs_4_pipeline_0s.scala 23:14:@58.4]
  assign io_outputs_3 = _T_314[63:0]; // @[MuxTest_width_64_inputs_8_outputs_4_pipeline_0s.scala 23:14:@59.4]
endmodule